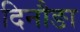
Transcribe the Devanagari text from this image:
दिनौङा